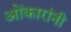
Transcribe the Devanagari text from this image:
ओंकारांनी